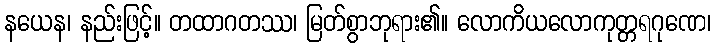
နယေန၊ နည်းဖြင့်။ တထာဂတဿ၊ မြတ်စွာဘုရား၏။ လောကိယလောကုတ္တရဂုဏေ၊